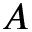
A